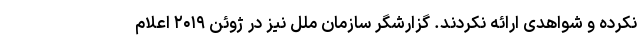
نکرده و شواهدی ارائه نکردند. گزارشگر سازمان ملل نیز در ژوئن ۲۰۱۹ اعلام